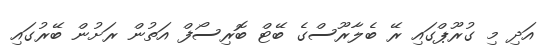
އަދި މި ގުރޫޕްގައި ރޭ ބެލާރޫސްގެ ބޭޓް ބޮރިސޯފް އަތުން ރަށުން ބޭރުގައި